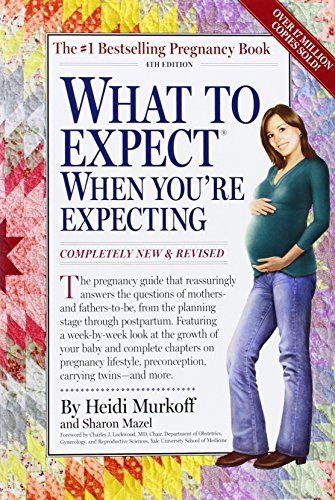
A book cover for What to Expect When You're Expecting: Fourth Edition; Heidi Murkoff; Parenting & Relationships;